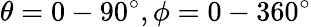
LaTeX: \theta=0-90^{\circ},\phi=0-360^{\circ}